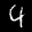
Label: 4